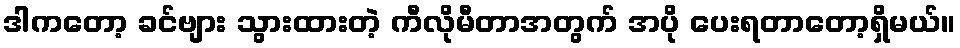
ဒါကတော့ ခင်ဗျား သွားထားတဲ့ ကီလိုမီတာအတွက် အပို ပေးရတာတော့ရှိမယ်။